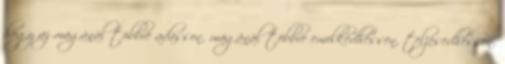
hogy az magánál többre adasson. magánál többre emelkedhessen, teljesedhessen.